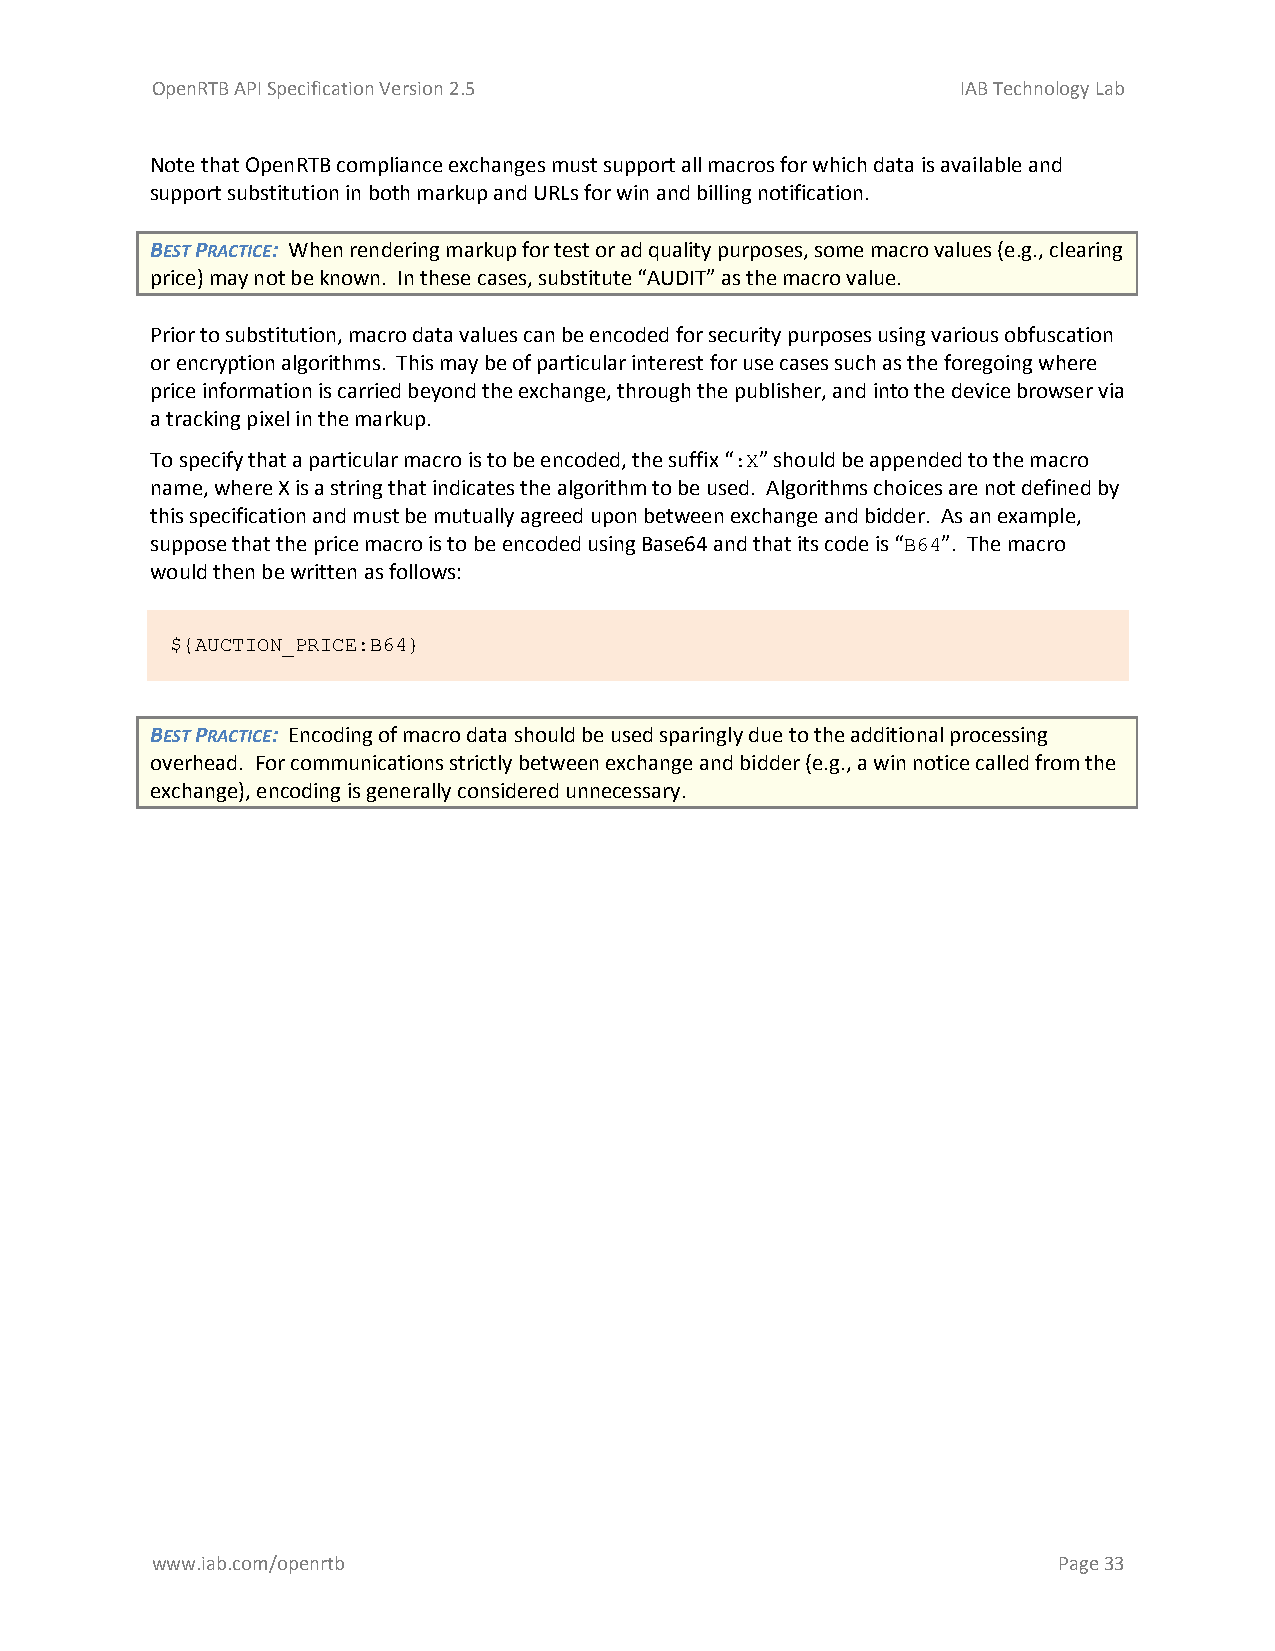
OpenRTB API Specification Version 2.5                 IAB Technology Lab
 Note that OpenRTB compliance exchanges must support all macros for which data is available and
 support substitution in both markup and URLs for win and billing notification.
 BEST PRACTICE: When rendering markup for test or ad quality purposes, some macro values (e.g., clearing
 price) may not be known. In these cases, substitute “AUDIT” as the macro value.
 Prior to substitution, macro data values can be encoded for security purposes using various obfuscation
 or encryption algorithms. This may be of particular interest for use cases such as the foregoing where
 price information is carried beyond the exchange, through the publisher, and into the device browser via
 a tracking pixel in the markup.
 To specify that a particular macro is to be encoded, the suffix “:X” should be appended to the macro
 name, where X is a string that indicates the algorithm to be used. Algorithms choices are not defined by
 this specification and must be mutually agreed upon between exchange and bidder. As an example,
 suppose that the price macro is to be encoded using Base64 and that its code is “B64”. The macro
 would then be written as follows:
 ${AUCTION_PRICE:B64}
 BEST PRACTICE: Encoding of macro data should be used sparingly due to the additional processing
 overhead. For communications strictly between exchange and bidder (e.g., a win notice called from the
 exchange), encoding is generally considered unnecessary.
 www.iab.com/openrtb                                         Page 33